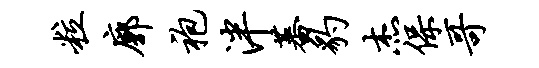
粒廓袍泮蕃豹杰保哥